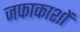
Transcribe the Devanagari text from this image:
जफाकाशों